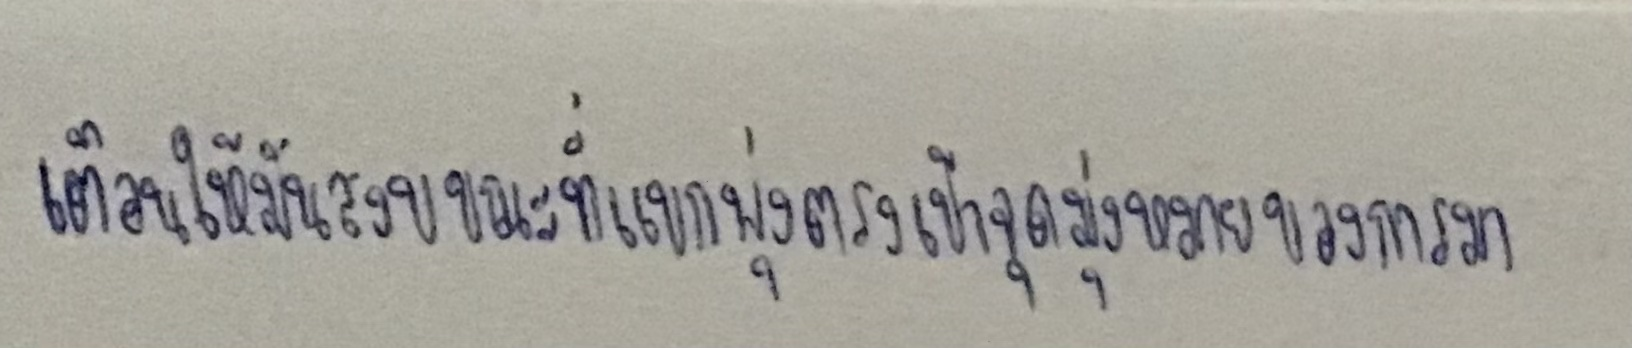
เตือนให้มันสงบขณะที่แขกพุ่งตรงเข้าจุดมุ่งหมายของการมา